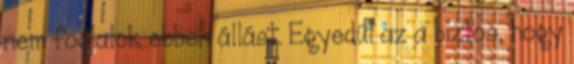
nem foglalok ebben állást. Egyedül az a biztos, hogy